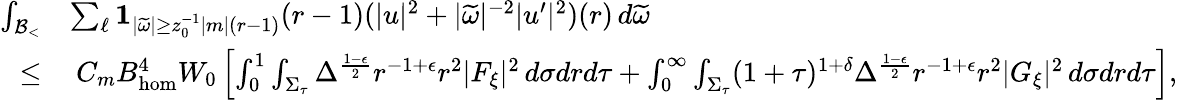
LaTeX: \begin{array}{rl}{\int_{{\mathcal{B}_{<}}}}&{\sum_{\ell}\mathbf{1}_{|\widetilde{\omega}|\geq z_{0}^{-1}|m|(r-1)}(r-1)(|u|^{2}+|\widetilde{\omega}|^{-2}|u^{\prime}|^{2})(r)\, d\widetilde{\omega}}\\ {\leq}&{\: C_{m}B_{\mathrm{hom}}^{4}W_{0}\left[\int_{0}^{1}\int_{\Sigma_{\tau}}\Delta^{\frac{1-\epsilon}{2}}r^{-1+\epsilon}r^{2}|F_{\xi}|^{2}\, d\sigma drd\tau+\int_{0}^{\infty}\int_{\Sigma_{\tau}}(1+\tau)^{1+\delta}\Delta^{\frac{1-\epsilon}{2}}r^{-1+\epsilon}r^{2}|G_{\xi}|^{2}\, d\sigma drd\tau\right],}\end{array}